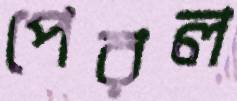
পেরল